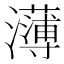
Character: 𭳭